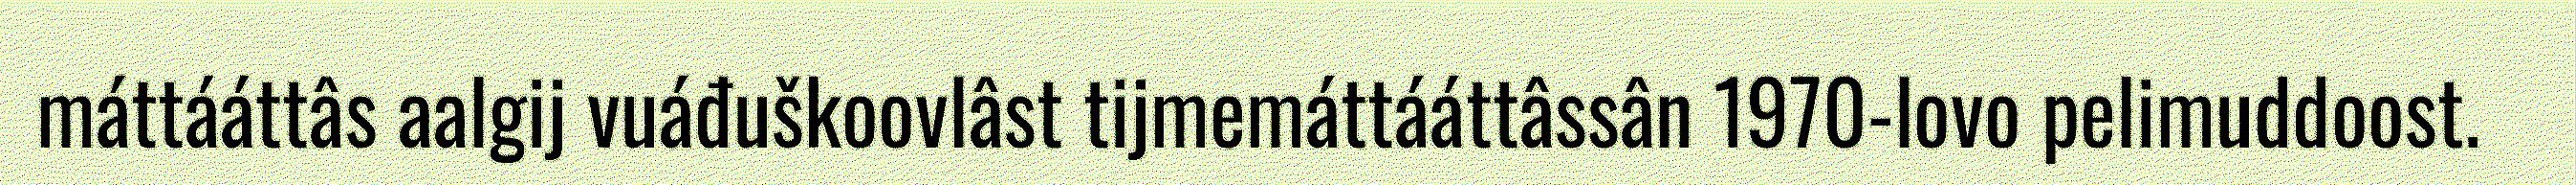
máttááttâs aalgij vuáđuškoovlâst tijmemáttááttâssân 1970-lovo pelimuddoost.